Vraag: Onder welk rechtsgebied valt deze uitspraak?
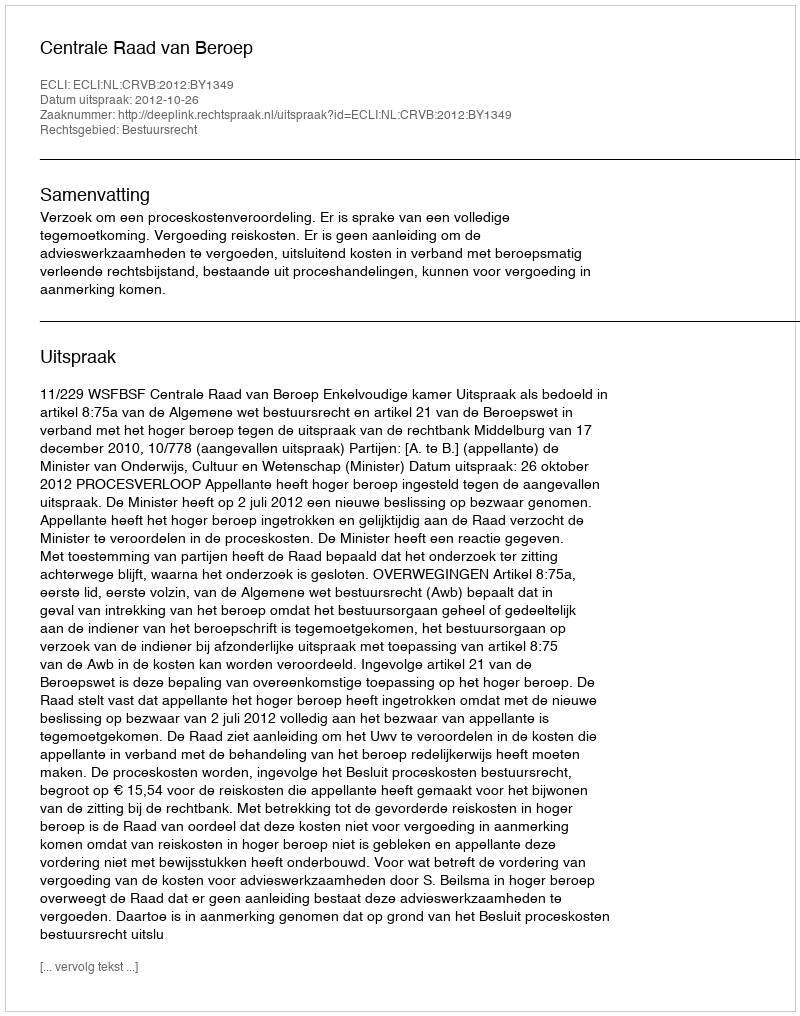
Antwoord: Bestuursrecht